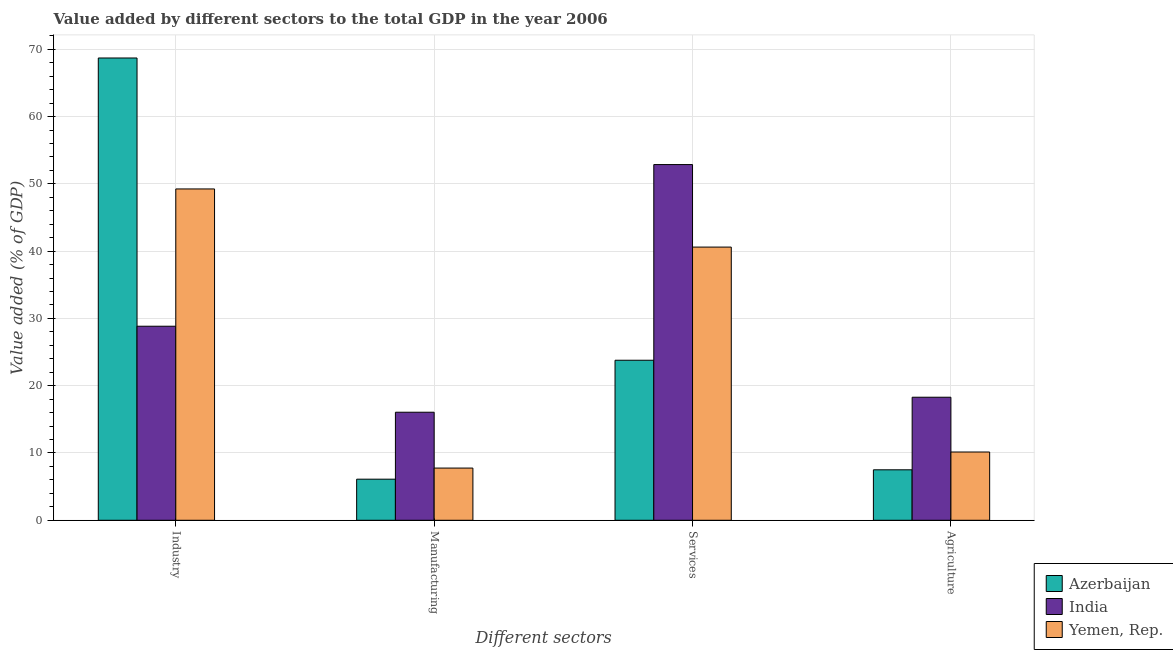
| Different sectors | Azerbaijan | India | Yemen, Rep. |
 | --- | --- | --- | --- |
 | Industry | 68.7 | 28.8 | 49.2 |
 | Manufacturing | 6.11 | 16.1 | 7.76 |
 | Services | 23.8 | 52.9 | 40.6 |
 | Agriculture | 7.5 | 18.3 | 10.1 |